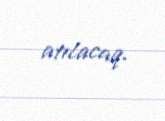
atılacaq.